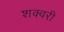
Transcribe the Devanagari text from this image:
शक्वरी